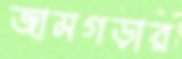
জামগড়ার